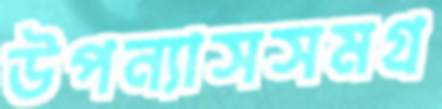
উপন্যাসসমগ্র